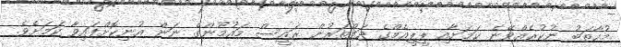
މުހާތަބު ނުކުރެއްވޭނެ ކަމަށާއި ޕީޕީއެމްގެ ދަަފްތަރުން ރައީސް މައުމޫންގެ ނަން އުނިކޮށްފައިވާ ކަމަށެވެ.